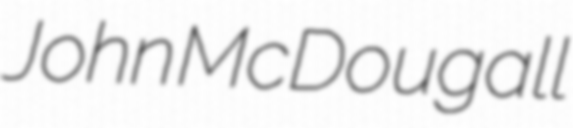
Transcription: John McDougall